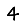
Digit: 4